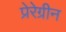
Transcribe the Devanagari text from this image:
प्रेरेग्रीन